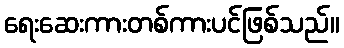
ရေးဆေးကားတစ်ကားပင်ဖြစ်သည်။